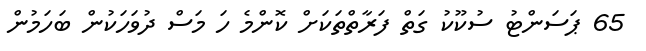
65 ޕަސަންޓު ސުކޫކު ގަތް ފަރާތްތަކަށް ކޮންމެ ހަ މަސް ދުވަހަކުން ބަހަމުން